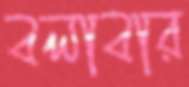
বলাবার